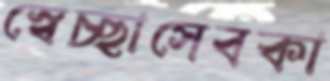
স্বেচ্ছাসেবকা